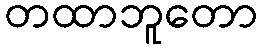
တထာဘူတော